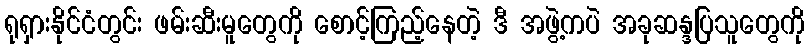
ရုရှားနိုင်ငံတွင်း ဖမ်းဆီးမူတွေကို စောင့်ကြည့်နေတဲ့ ဒီ အဖွဲ့ကပဲ အခုဆန္ဒပြသူတွေကို